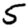
Digit: 5